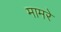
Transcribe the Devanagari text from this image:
मामरे